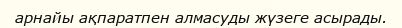
арнайы ақпаратпен алмасуды жүзеге асырады.